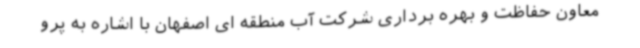
معاون حفاظت و بهره برداری شرکت آب منطقه ای اصفهان با اشاره به پرو